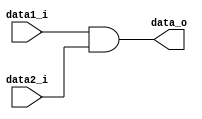
module And(
	data1_i,
	data2_i,
	data_o
);

input data1_i, data2_i;
output reg data_o;

always @(data1_i or data2_i) begin
	data_o = data1_i & data2_i;
end

endmodule